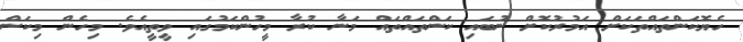
ހެޔޮކަންތައްތަކަށް އަމުރުކޮށް ނުބައި ކަންތައްތައް މަނާ ކުރާ މީހުންކަމުގައި ވީތީއެވެ. މިހެން މިކަން